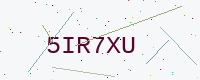
Text: 5IR7XU